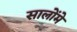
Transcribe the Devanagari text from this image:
सालोंमे